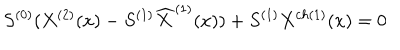
LaTeX: S ^ { ( 0 ) } ( X ^ { ( 2 ) } ( x ) - S ^ { ( 1 ) } { \widehat X } ^ { ( 1 ) } ( x ) ) + S ^ { ( 1 ) } X ^ { c h ( 1 ) } ( x ) = 0